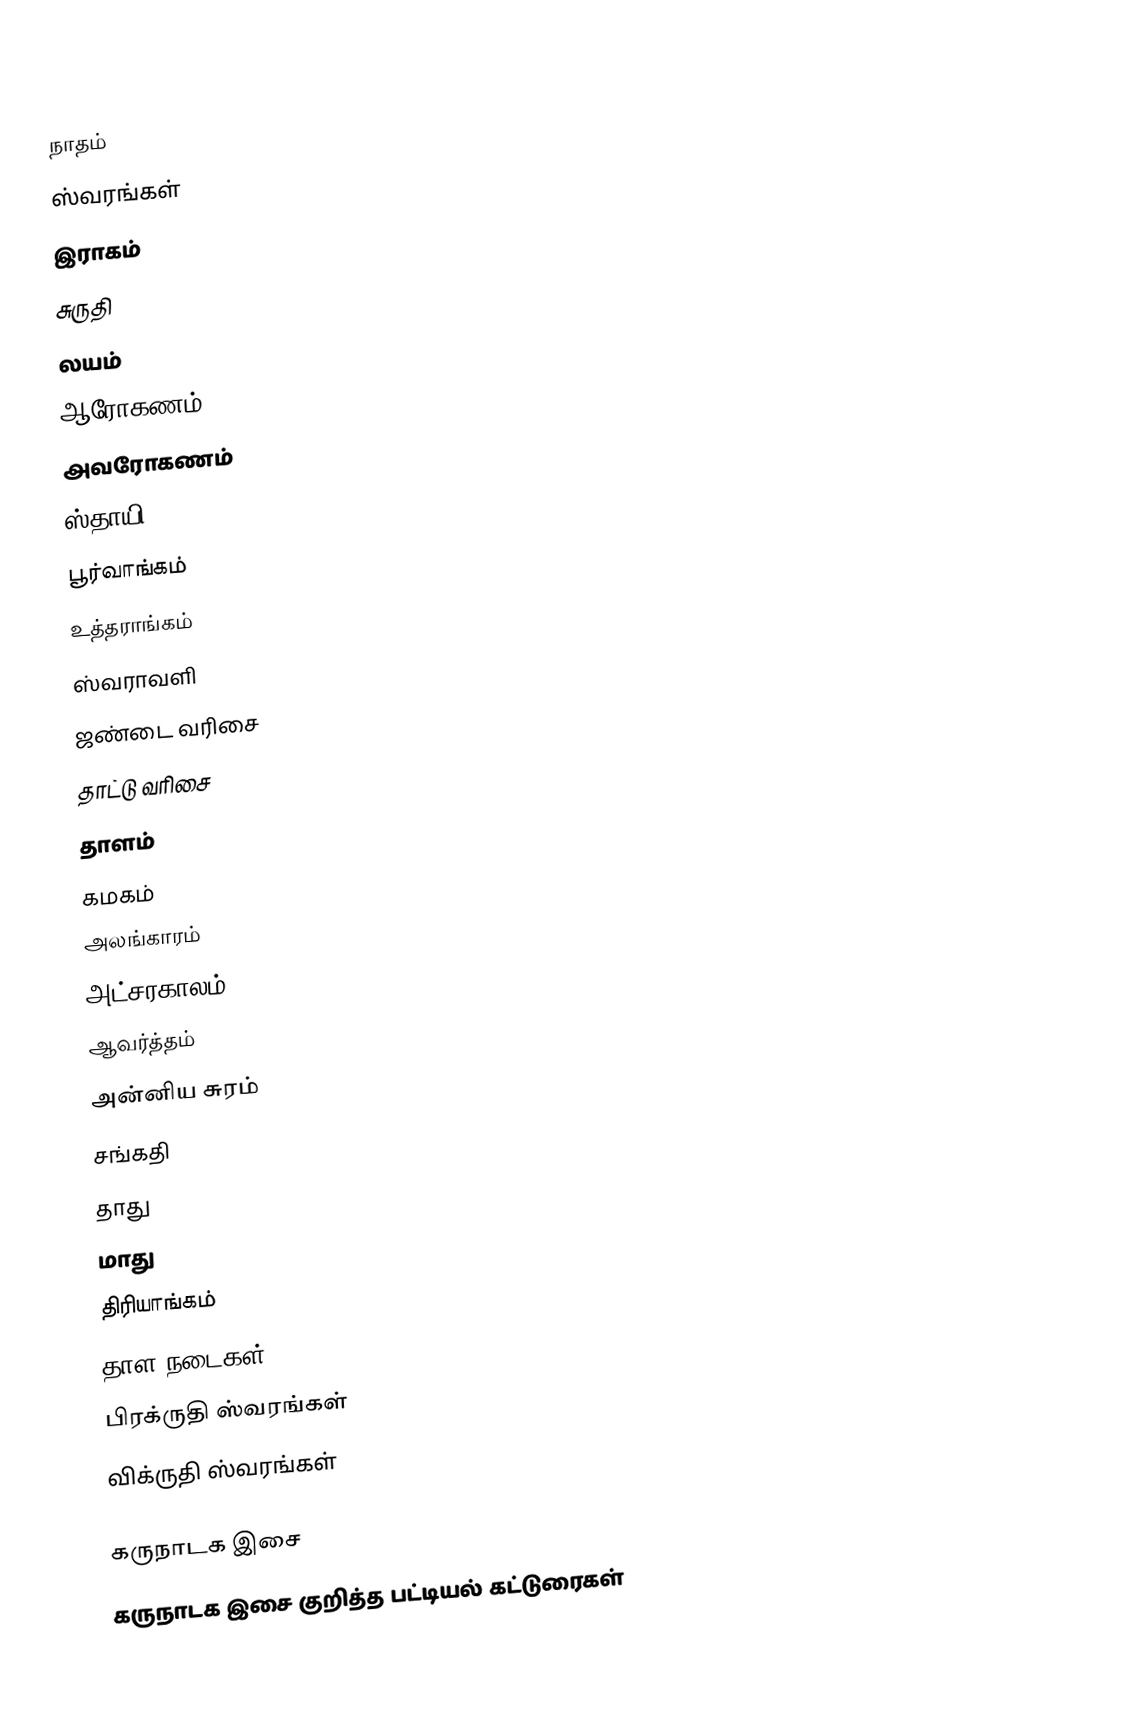
நாதம்
 ஸ்வரங்கள்
 இராகம்
 சுருதி
 லயம்
 ஆரோகணம்
 அவரோகணம்
 ஸ்தாயி
 பூர்வாங்கம்
 உத்தராங்கம்
 ஸ்வராவளி
 ஜண்டை வரிசை
 தாட்டு வரிசை
 தாளம்
 கமகம்
 அலங்காரம்
 அட்சரகாலம்
 ஆவர்த்தம்
 அன்னிய சுரம்
 சங்கதி
 தாது
 மாது
 திரியாங்கம்
 தாள நடைகள்
 பிரக்ருதி ஸ்வரங்கள்
 விக்ருதி ஸ்வரங்கள்

கருநாடக இசை
கருநாடக இசை குறித்த பட்டியல் கட்டுரைகள்